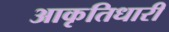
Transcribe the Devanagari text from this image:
आकृतिधारी